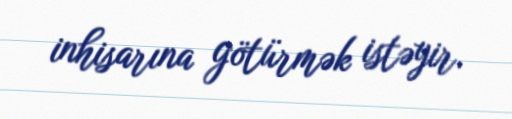
inhisarına götürmək istəyir.